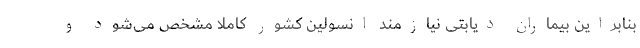
بنابراین بیماران دیابتی نیازمند انسولین کشور کاملاً مشخص می‌شود و